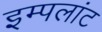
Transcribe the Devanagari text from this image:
इम्पलांट